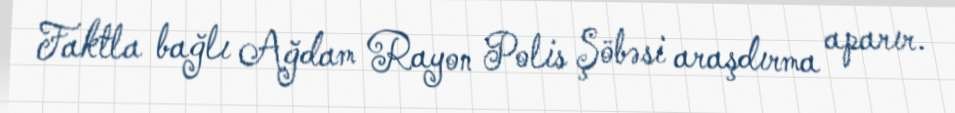
Faktla bağlı Ağdam Rayon Polis Şöbəsi araşdırma aparır.